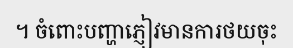
។ ចំពោះបញ្ហាភ្ញៀវមានការថយចុះ